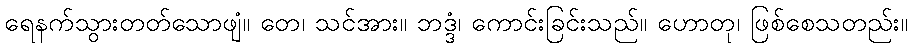
ရေနက်သွားတတ်သောဖျံ။ တေ၊ သင်အား။ ဘဒ္ဒံ၊ ကောင်းခြင်းသည်။ ဟောတု၊ ဖြစ်စေသတည်း။